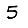
Digit: 5